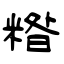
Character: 糌